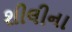
શીલીના